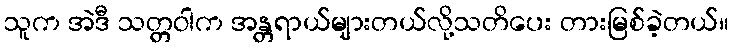
သူက အဲဒီ သတ္တဝါက အန္တရာယ်များတယ်လို့သတိပေး တားမြစ်ခဲ့တယ်။